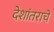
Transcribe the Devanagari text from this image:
देशांतराचे